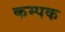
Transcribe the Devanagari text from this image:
कम्पक